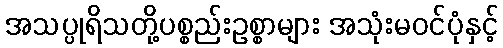
အသပ္ပုရိသတို့ပစ္စည်းဥစ္စာများ အသုံးမဝင်ပုံနှင့်